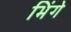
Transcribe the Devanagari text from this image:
भिंगे